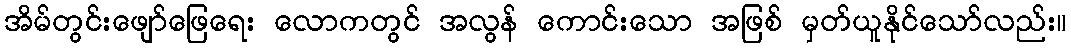
အိမ်တွင်းဖျော်ဖြေရေး လောကတွင် အလွန် ကောင်းသော အဖြစ် မှတ်ယူနိုင်သော်လည်း။